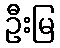
ဦးမြ